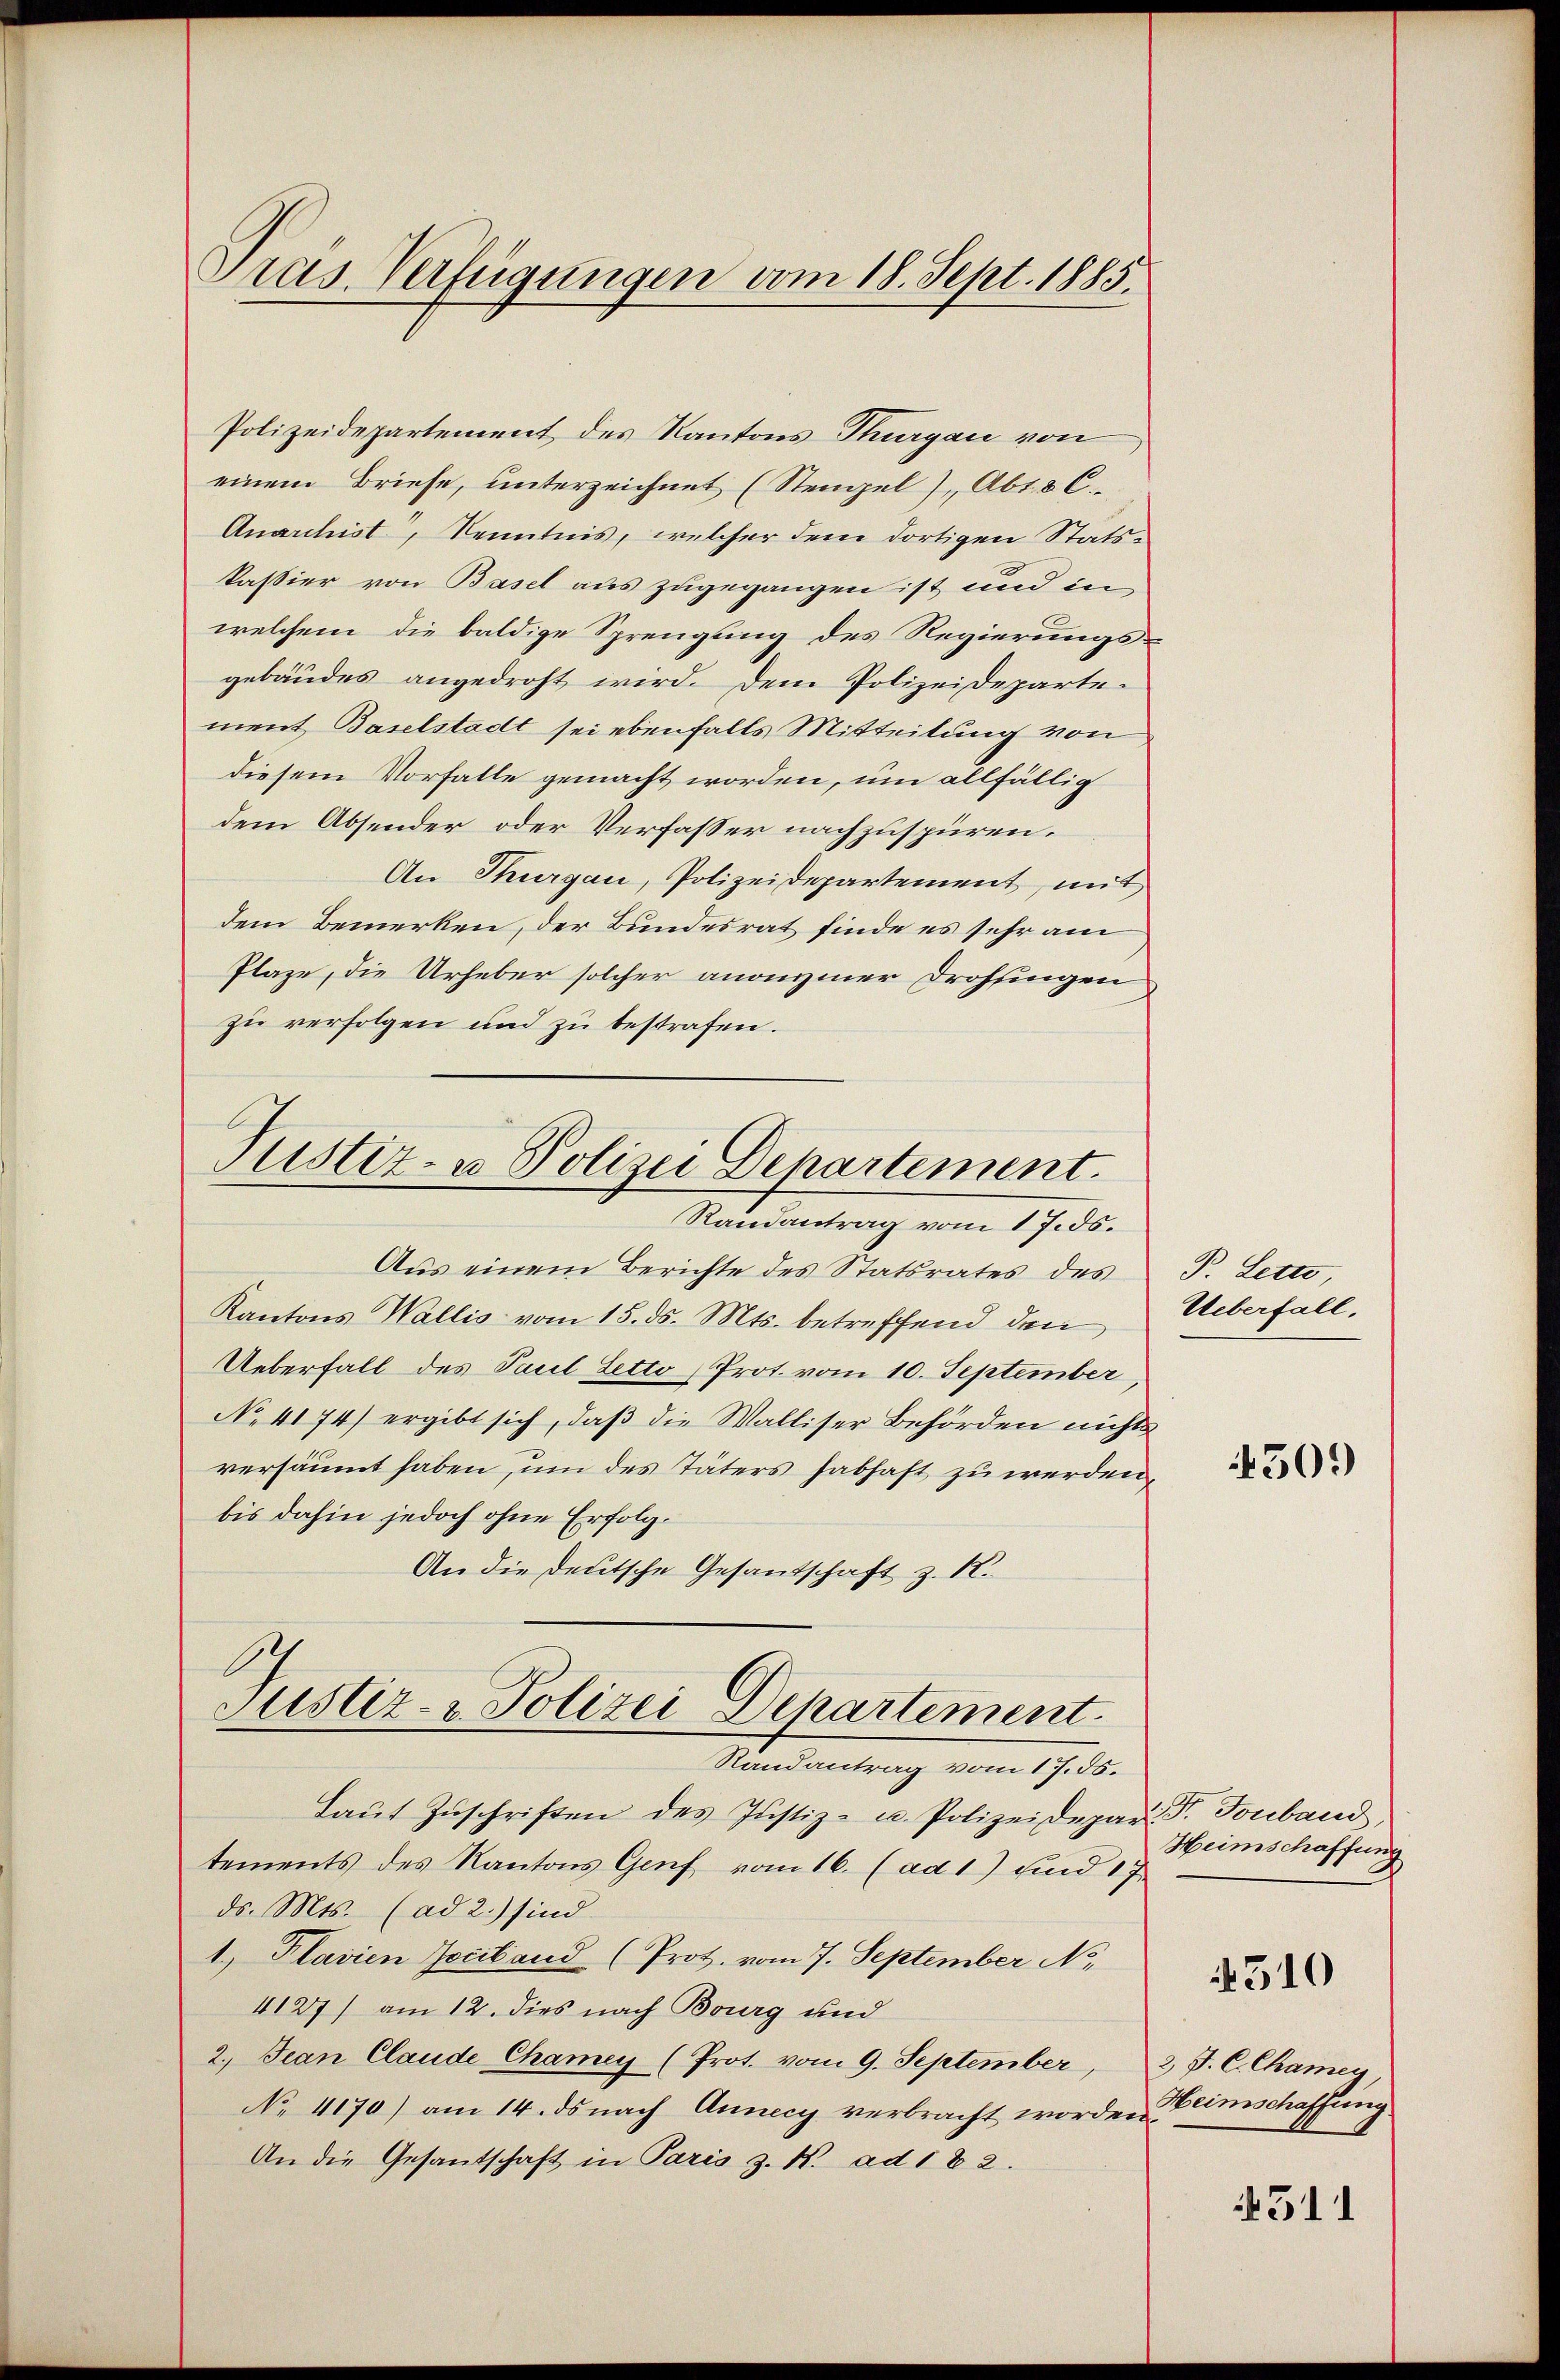
Pras. Verfügungen vom 18. Sept. 1885.

Polizeidepartement des Kantons-Thurgau von
einem Briefe, unterzeichnet (Stengel Abso C.
Anarchist, Kenntnis, welcher dem dortigen Statskassier von Basel aus zugegangen ist und in
welchem die baldige Sprengung des Regierungsgebäudes angedroht wird. Dem Polizeidepartement Baselstadt sei ebenfalls Mitteilung von
diesem Vorfalle gemacht worden, um allfällig
dem Absender oder Verfasser nachzuspüren.
An Thurgau, Polizeidepartement, mit
dem Bemerken, der Bundesrat finde es sehr am
Plaze, die Urheber solcher anonymer Drohsingen
zu verfolgen und zu bestrafen.

Justiz- u Polizei Departement.
Randantrag vom 17. ds.

Justiz- & Polizei Departement.

Aus einem Berichte des Statsrates des
Kantons Wallis vom 15. ds. Mts. betreffend den Ueberfall,
Ueberfall des Paul Letto (Prot. vom 10. September,
No 4174) ergibt sich, daß die Walliser Behörden nichts
versäumt haben, um des Täters habhaft zu werden,
bis dahin jedoch ohne Erfolg¬
An die deutsche Gesantschaft z. K.
6

Randantrag vom 17. 55.
Laŭt Zŭschriften des Justiz- u. Polizeidepar. P. Tonband,
tements des Kantons Genf vom 16. (ad 1) und 17
ds. Mts. (ad 2.) sind.
1., Plavien Jociband (Prot. vom 7. September No
4127) am 12. dies nach Bourg und
2.) Jean Claude Chamey (Prot. vom 9. September, 2 J. C. Chamey,
No 4170) am 14. ds nach Annecy verbracht worden Einschaffung.
An die Gesandschaft in Paris z. K. ad 182.

P. Letts,

4509

Heimschaffung

4510

511